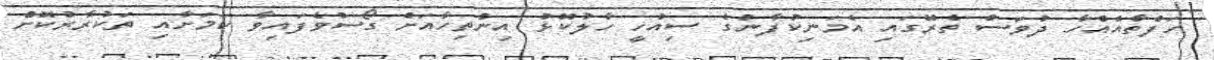
ހަފްތާއެއްހާ ދުވަސް ތެރޭގައި އެމަނިކުފާނުގެ ސިއްހީ ހާލުކޮޅު އިންތިހާއަށް ގޯސްވެފައިވާ ކަމަށާއި ތަކުރާރުކޮށް